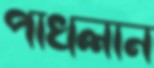
পাখলান